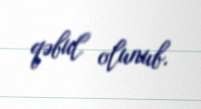
qəbul olunub.